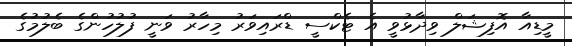
މީޑިއާ އޮފިޝަލް ވިދާޅުވީ އެ ޓެކްސީ ޑްރައިވަރު މިހާރު ވަނީ ފުލުހުންގެ ބެލުމުގެ